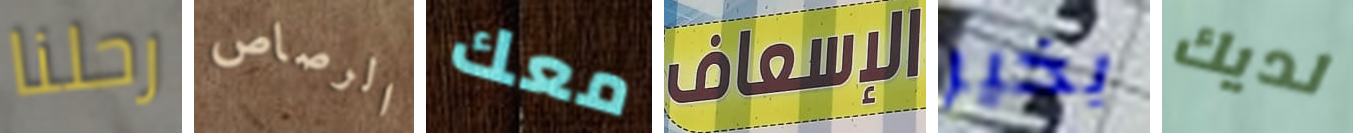
رحلنا الرصاص معك الإسعاف بخير لديك